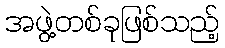
အဖွဲ့တစ်ခုဖြစ်သည့်